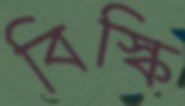
বিস্কি